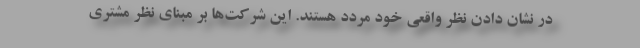
در نشان دادن نظر واقعی خود مردد هستند. این شرکت‌ها بر مبنای نظر مشتری